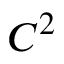
C ^ { 2 }